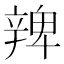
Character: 𨐜